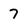
Character: 7